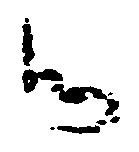
御